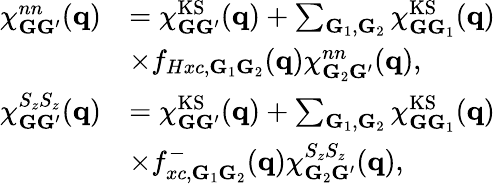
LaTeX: \begin{array}{rl}{\chi_{\mathbf{G}\mathbf{G}^{\prime}}^{nn}(\mathbf{q})}&{=\chi_{\mathbf{G}\mathbf{G}^{\prime}}^{\mathrm{KS}}(\mathbf{q})+\sum_{\mathbf{G}_{1},\mathbf{G}_{2}}\chi_{\mathbf{G}\mathbf{G}_{1}}^{\mathrm{KS}}(\mathbf{q})}\\ &{\times f_{Hxc,\mathbf{G}_{1}\mathbf{G}_{2}}(\mathbf{q})\chi_{\mathbf{G}_{2}\mathbf{G}^{\prime}}^{nn}(\mathbf{q}),}\\ {\chi_{\mathbf{G}\mathbf{G}^{\prime}}^{S_{z}S_{z}}(\mathbf{q})}&{=\chi_{\mathbf{G}\mathbf{G}^{\prime}}^{\mathrm{KS}}(\mathbf{q})+\sum_{\mathbf{G}_{1},\mathbf{G}_{2}}\chi_{\mathbf{G}\mathbf{G}_{1}}^{\mathrm{KS}}(\mathbf{q})}\\ &{\times f_{xc,\mathbf{G}_{1}\mathbf{G}_{2}}^{-}(\mathbf{q})\chi_{\mathbf{G}_{2}\mathbf{G}^{\prime}}^{S_{z}S_{z}}(\mathbf{q}),}\end{array}